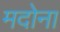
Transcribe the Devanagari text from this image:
मदोना